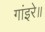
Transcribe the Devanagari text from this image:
गांइरे॥